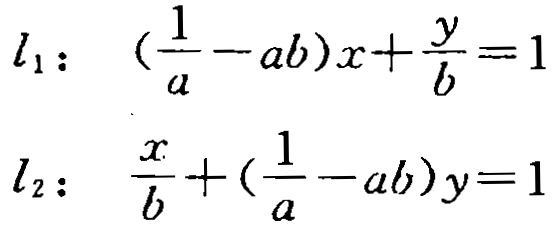
\[

\begin{align*}

l_1: &\left(\frac{1}{a}-ab\right)x + \frac{y}{b}=1\\

l_2: &\frac{x}{b}+\left(\frac{1}{a}-ab\right)y = 1

\end{align*}

\]